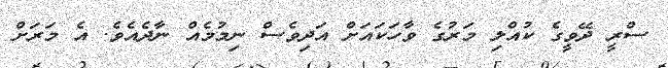
ސްރީ ދޭވީގެ ކުއްލި މަރުގެ ވާހަކައަށް އަދިވެސް ނިމުމެއް ނާދެއެވެ. އެ މަރަށް